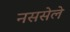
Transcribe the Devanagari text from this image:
नससेले